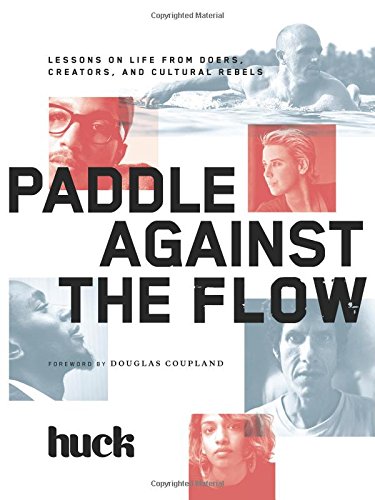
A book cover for Paddle Against the Flow: Lessons on Life from Doers, Creators, and Cultural Rebels; HUCK Magazine; Arts & Photography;